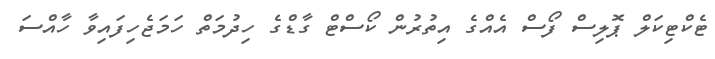
ޓެކްޓިކަލް ޕޮލިސް ފޯސް އެއްގެ އިތުރުން ކޯސްޓް ގާޑްގެ ހިދުމަތް ހަމަޖެހިފައިވާ ހާއްސަ